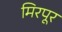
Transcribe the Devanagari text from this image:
मिरपूर